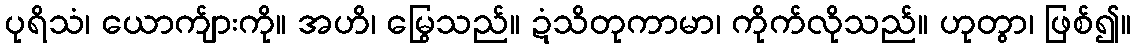
ပုရိသံ၊ ယောက်ျားကို။ အဟိ၊ မြွေသည်။ ဍံသိတုကာမာ၊ ကိုက်လိုသည်။ ဟုတွာ၊ ဖြစ်၍။